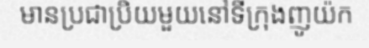
មានប្រជាប្រិយមួយនៅទីក្រុងញូយ៉ក